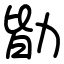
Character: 勓